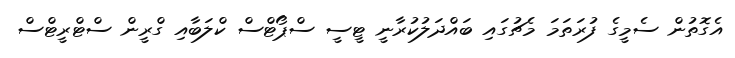
އެގޮތުން ސެމީގެ ފުރަތަމަ މެޗުގައި ބައްދަލުކުރާނީ ޓީސީ ސްޕޯޓްސް ކްލަބާއި ގްރީން ސްޓްރީޓްސް